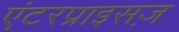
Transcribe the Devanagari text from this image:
एंटरप्राइसज़